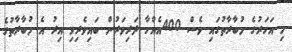
މި އަހަރުގެ މުބާރާތުގައި ވެސް 400އެއްހާ ދަރިވަރުން ބައިވެރިވި އިރު އެ މުބާރާތުގެ